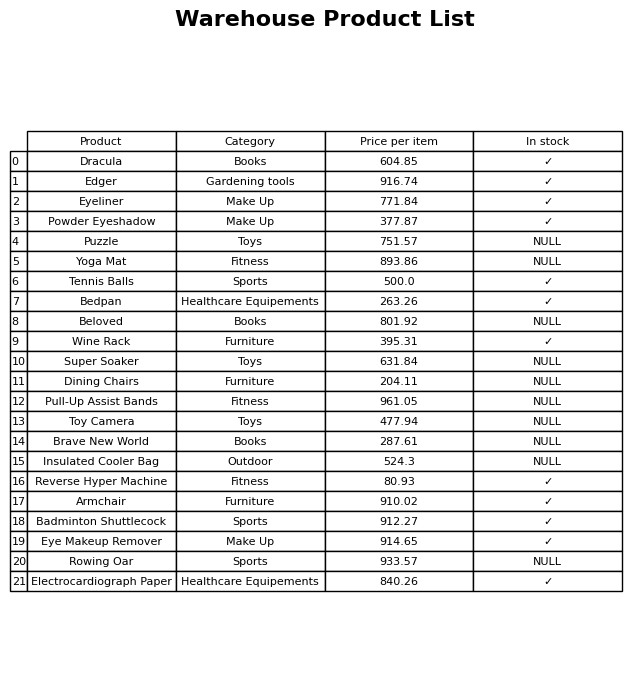
question: Which products are currently out of stock?
answer: Puzzle, Yoga Mat, Beloved, Super Soaker, Dining Chairs, Pull-Up Assist Bands, Toy Camera, Brave New World, Insulated Cooler Bag, Rowing Oar